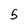
Character: 5